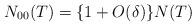
LaTeX: \begin{align*} N_{00}(T)=\{1+O(\delta)\}N(T) \end{align*}